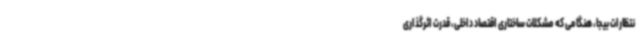
نتظارات بیجا، هنگامی که مشکلات ساختاری اقتصاد داخلی، قدرت اثرگذاری